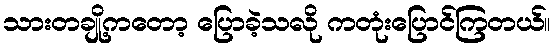
သားတချို့ကတော့ ပြောခဲ့သလို ကတုံးပြောင်ကြတယ်။